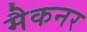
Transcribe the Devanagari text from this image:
मैकनर